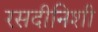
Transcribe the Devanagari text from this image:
रसदीनिशी